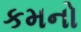
કમનો